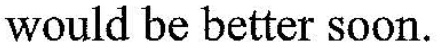
would be btter soon.